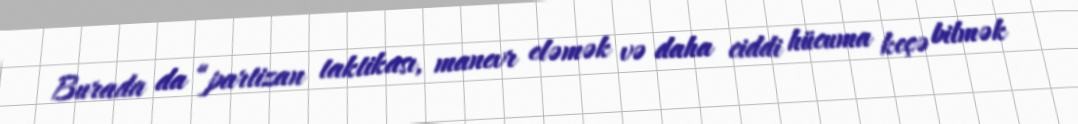
Burada da “partizan taktikası, manevr eləmək və daha ciddi hücuma keçə bilmək